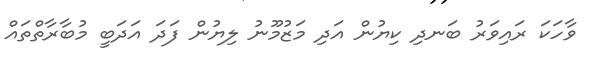
ވާހަކަ ރައިވަރު ބަނދި ކިޔުން އަދި މަޒުމޫނު ލިޔުން ފަދަ އަދަބީ މުބާރާތްތައް